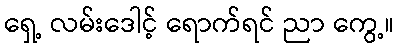
ရှေ့ လမ်းဒေါင့် ရောက်ရင် ညာ ကွေ့။